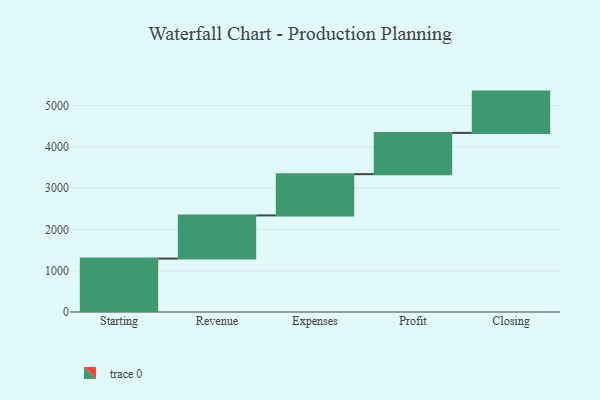
{"axis": {"x": "Step", "y": "Value"}, "legend": [""], "data": [{"x": "Starting", "y": 1294.0, "type": ""}, {"x": "Revenue", "y": 1045.0, "type": ""}, {"x": "Expenses", "y": 1000, "type": ""}, {"x": "Profit", "y": 1000, "type": ""}, {"x": "Closing", "y": 1000, "type": ""}]}